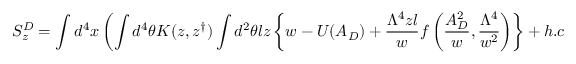
S _ { z } ^ { D } = \int d ^ { 4 } x \left( \int d ^ { 4 } \theta K ( z , z ^ { \dagger } ) \int d ^ { 2 } \theta l z \left\{ w - U ( A _ { D } ) + \frac { \Lambda ^ { 4 } z l } { w } f \left( \frac { A _ { D } ^ { 2 } } { w } , \frac { \Lambda ^ { 4 } } { w ^ { 2 } } \right) \right\} + h . c . \right)